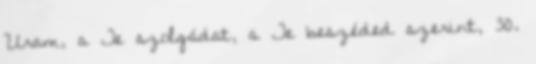
Uram, a Te szolgádat, a Te beszéded szerint, 30.